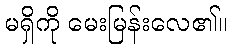
မရှိကို မေးမြန်းလေ၏။